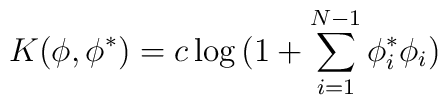
K(\phi,\phi^*)=c\log{(1+\sum_{i=1}^{N-1}\phi_i^*\phi_i)}